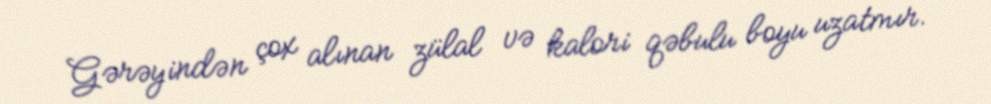
Gərəyindən çox alınan zülal və kalori qəbulu boyu uzatmır.